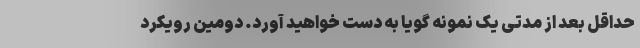
حداقل بعد از مدتی یک نمونهٔ گویا به دست خواهید آورد. دومین رویکرد